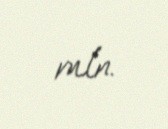
mln.